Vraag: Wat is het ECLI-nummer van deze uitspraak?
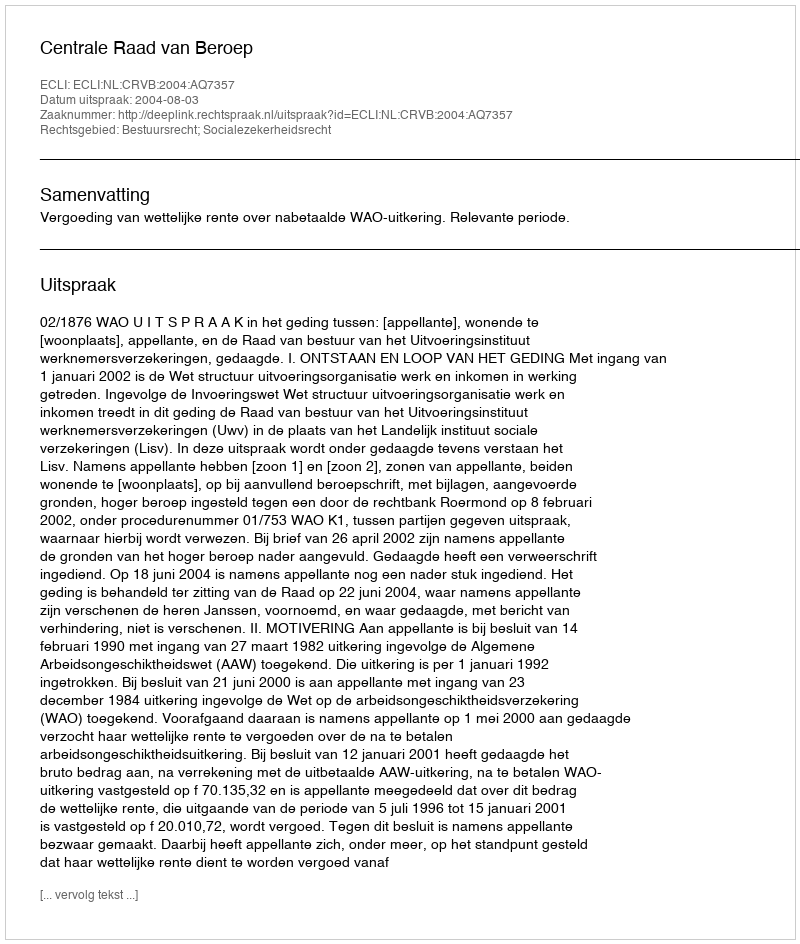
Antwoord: ECLI:NL:CRVB:2004:AQ7357